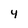
Character: 4